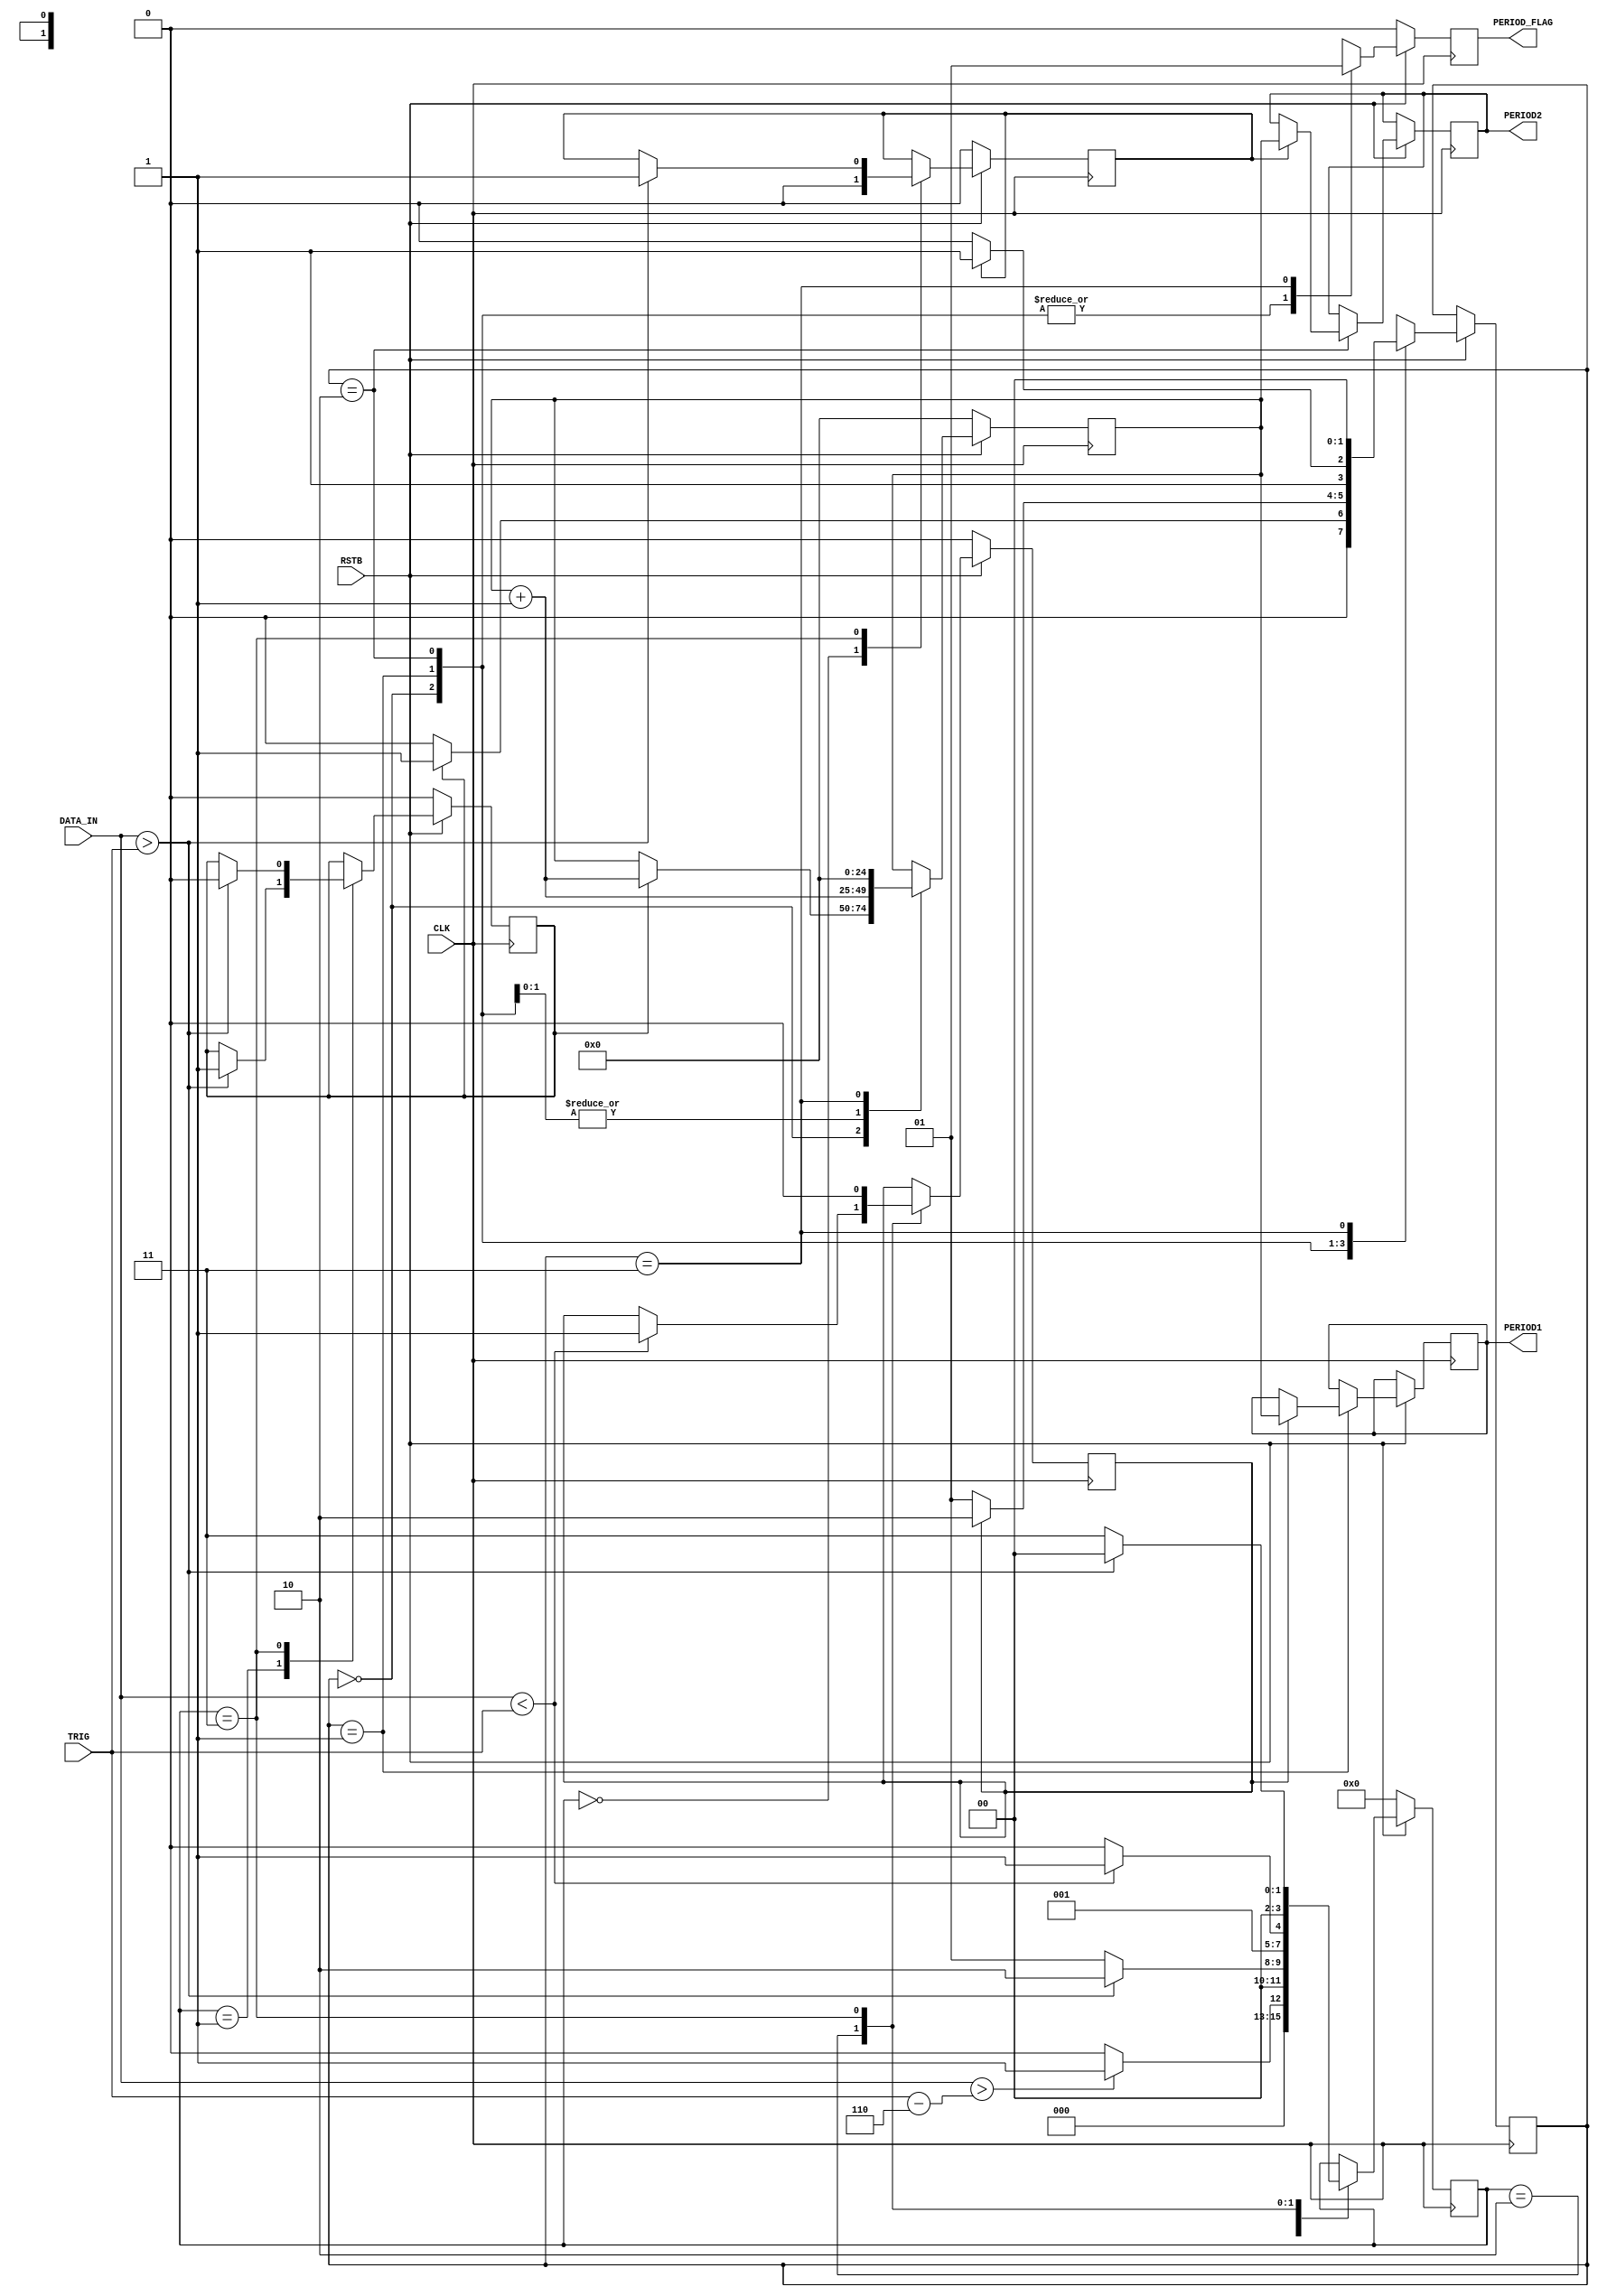
module time_block(CLK, RSTB, DATA_IN, TRIG, PERIOD1, PERIOD2, PERIOD_FLAG);

input CLK;
input RSTB;

input [11:0] DATA_IN;
input [11:0] TRIG;

reg [3:0]STATE;
reg [1:0]TIMER_STATE;


reg [24:0]TIME;
reg PERIOD_COUNTER;
reg TIME1_RECORD;
reg TIME2_RECORD;
output reg [24:0]PERIOD1;			//DUTY CYCLE ON
output reg [24:0]PERIOD2;			//TOTAL PERIOD
output reg PERIOD_FLAG;

initial begin

	STATE=4'd0;
	TIME =25'd0;
	TIME1_RECORD=0;
	TIME2_RECORD=0;
	PERIOD1=25'd0;
	PERIOD2=25'd0;
	PERIOD_COUNTER=0;
	TIMER_STATE=2'd0;
	
	end


always @(posedge CLK)begin    //Main state machine
	
	if(~RSTB)begin
		STATE<=4'd0;
		PERIOD_COUNTER<=0;
		TIME1_RECORD<=0;
		TIME2_RECORD<=0;
		end
	
	else begin
		
		case(STATE)
			
			4'd0: begin
				TIME2_RECORD<=0;
				if(DATA_IN > (TRIG-12'd6))begin
					STATE<=4'd1;
					end
					
				else begin
					STATE<=4'd0;
					end
				end
			
			4'd1: begin
				if(DATA_IN>(TRIG))begin
					PERIOD_COUNTER<=1;
					STATE<=4'd2;
					end
					
				else begin
					STATE<=4'd1;
					end
				end
			
			4'd2: begin
				if(DATA_IN<(TRIG))begin
					TIME1_RECORD<=1;
					STATE<=4'd3;
					end
				
				else begin
					STATE<=4'd2;
					end	
				end
				
			4'd3: begin
				TIME1_RECORD<=0;
				if(DATA_IN>(TRIG))begin
					TIME2_RECORD<=1;
					PERIOD_COUNTER<=0;
					STATE<=4'd0;
					end
				
				else begin
					STATE<=4'd3;
					end
				end
		endcase
	end
end


always @(posedge CLK)begin
	if(~RSTB)begin
		TIME<=25'd0;
		PERIOD_FLAG<=0;
		end
		
	else begin
		case(TIMER_STATE)
			
			2'b00: begin
				if(PERIOD_COUNTER)begin
					TIME<=TIME+25'd1;
					TIMER_STATE<=2'b01;
					PERIOD_FLAG<=0;
					end
				else begin
					TIMER_STATE<=2'b00;
					PERIOD_FLAG<=0;
					end
				end
				
			2'b01: begin
				if(TIME1_RECORD)begin
					PERIOD1<=TIME;
					TIME<=TIME+25'd1;
					TIMER_STATE<=2'b10;
					PERIOD_FLAG<=0;
					end
				
				else begin
					TIMER_STATE<=2'b01;
					TIME<=TIME+25'd1;
					PERIOD_FLAG<=0;
					end
				end
				
			2'b10: begin
				if(TIME2_RECORD)begin
					PERIOD2<=TIME;
					TIME<=TIME+25'd1;
					TIMER_STATE<=2'b11;
					PERIOD_FLAG<=0;
					end
				
				else begin
					TIMER_STATE<=2'b10;
					TIME<=TIME+25'd1;
					PERIOD_FLAG<=0;
					end
				end
				
			2'b11:  begin
				TIME<=25'd0;
				TIMER_STATE<=2'b00;
				PERIOD_FLAG<=1;
				end
				
			endcase
		end
	end

endmodule